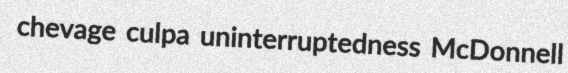
chevage culpa uninterruptedness McDonnell